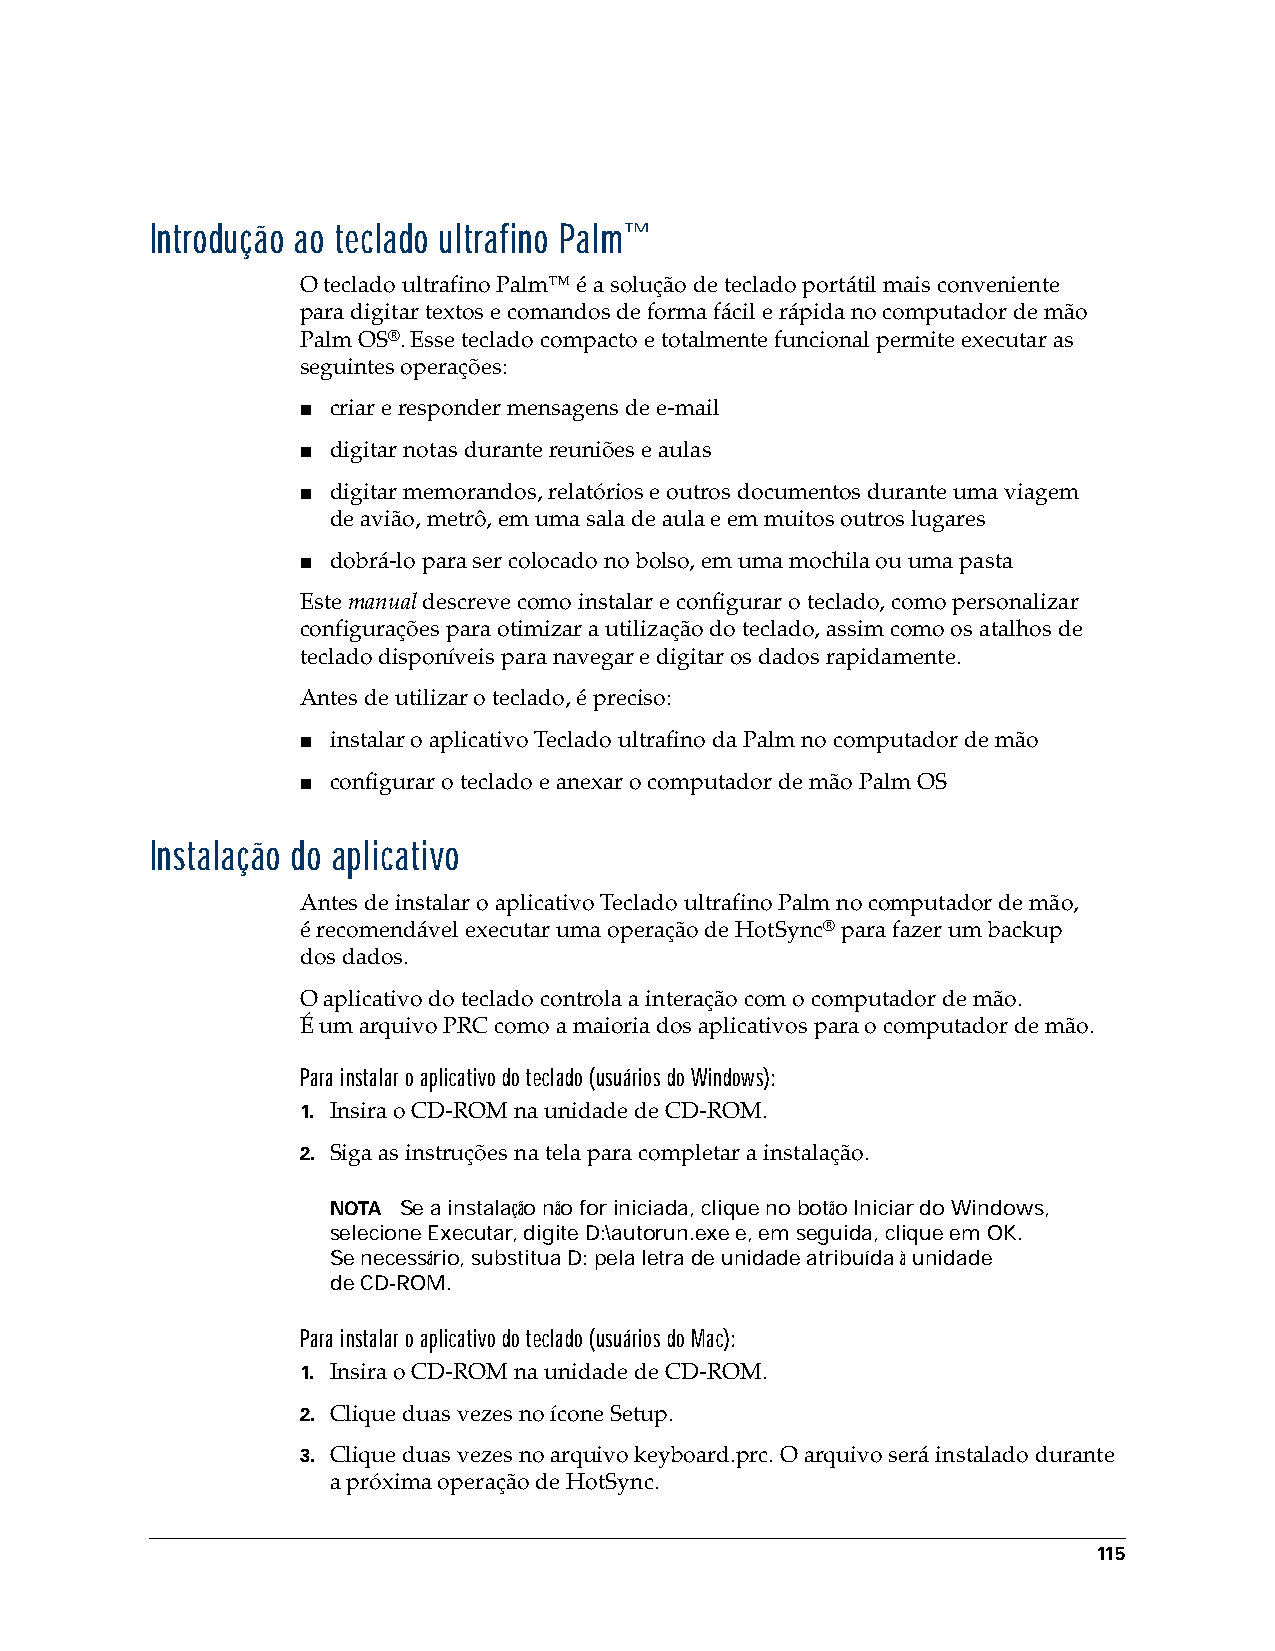
Introdução ao teclado ultrafino Palm™
 O teclado ultrafino Palm™ é a solução de teclado portátil mais conveniente
 paradigitar textos e comandos de forma fácil e rápida no computador de mão
 Palm OS®. Esse teclado compacto e totalmente funcional permite executar as
 seguintes operações:
 ■ criar e responder mensagens de e-mail
 ■ digitar notas durante reuniões e aulas
 ■ digitar memorandos, relatórios e outros documentos durante uma viagem
 deavião, metrô, em uma sala de aula e em muitos outros lugares
 ■ dobrá-lo para ser colocado no bolso, em uma mochila ou uma pasta
 Este manual descreve como instalar e configurar o teclado, como personalizar
 configurações para otimizar a utilização do teclado, assim como os atalhos de
 teclado disponíveis para navegar e digitar os dados rapidamente.
 Antes de utilizar o teclado, é preciso:
 ■ instalar o aplicativo Teclado ultrafino da Palm no computador de mão
 ■ configurar o teclado e anexar o computador de mão Palm OS
 Instalação do aplicativo
 Antes de instalar o aplicativo Teclado ultrafino Palm no computador de mão,
 érecomendável executar uma operação de HotSync® para fazer um backup
 dosdados.
 O aplicativo do teclado controla a interação com o computador de mão.
 Éumarquivo PRC como a maioria dos aplicativos para o computador de mão.
 Para instalar o aplicativo do teclado (usuários do Windows):
 1. Insira o CD-ROM na unidade de CD-ROM.
 2. Siga as instruções na tela para completar a instalação.
 NOTA Se a instalação não for iniciada, clique no botão Iniciar do Windows,
 selecione Executar, digite D:\autorun.exe e, em seguida, clique em OK.
 Senecessário, substitua D: pela letra de unidade atribuída à unidade
 deCD-ROM.
 Para instalar o aplicativo do teclado (usuários do Mac):
 1. Insira o CD-ROM na unidade de CD-ROM.
 2. Clique duas vezes no ícone Setup.
 3. Clique duas vezes no arquivo keyboard.prc. O arquivo será instalado durante
 apróxima operação de HotSync.
 115